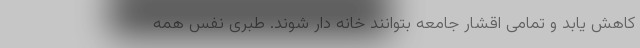
کاهش یابد و تمامی اقشار جامعه بتوانند خانه دار شوند. طبری نفس همه